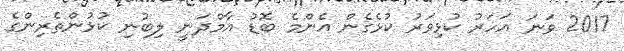
2017 ވަނަ އަހަރު ކުޅިވަރު ކުޅެގެން އެންމެ ބޮޑު އާމްދަނީ ލިބުނި ކުޅުންތެރިންގެ